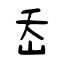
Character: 岙